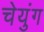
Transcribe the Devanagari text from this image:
चेयुंग